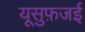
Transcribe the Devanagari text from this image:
यूसुफ़जई